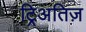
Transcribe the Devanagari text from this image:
ट्रिअतिज़